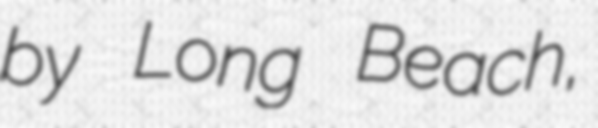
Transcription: by Long Beach,